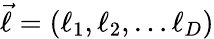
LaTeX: \vec{\ell}=(\ell_{1},\ell_{2},\dots\ell_{D})